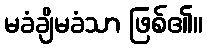
မခံချိမခံသာ ဖြစ်၏။